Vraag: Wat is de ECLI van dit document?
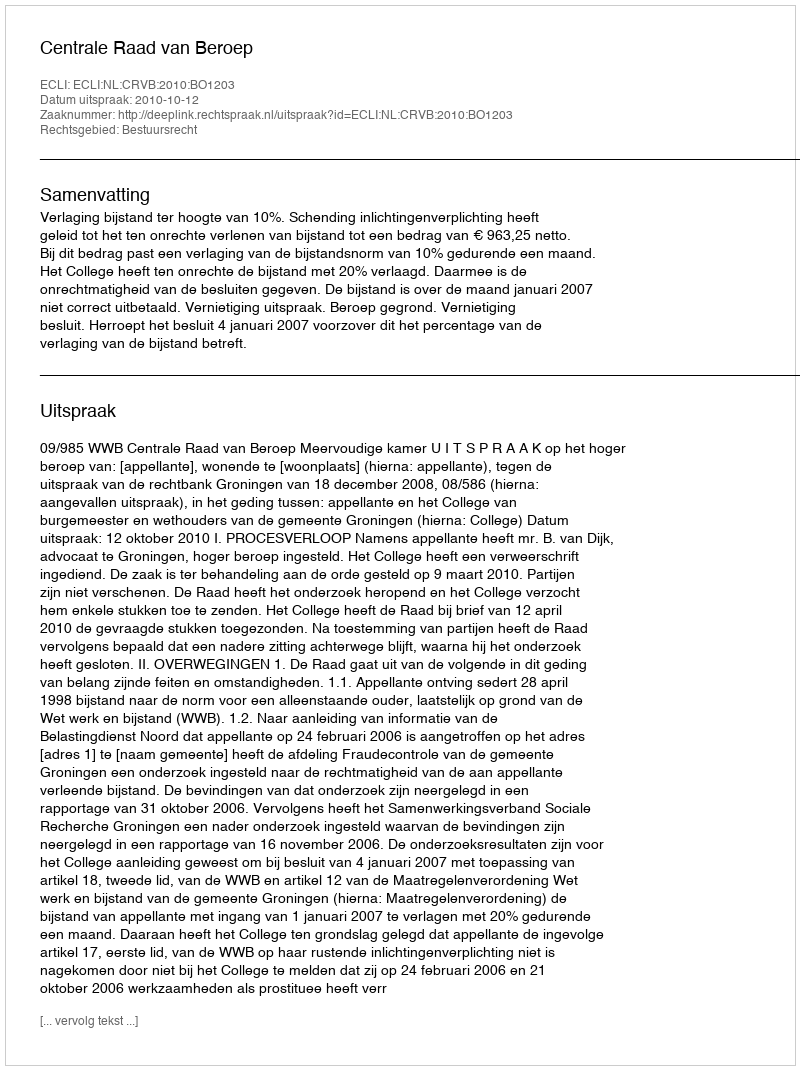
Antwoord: ECLI:NL:CRVB:2010:BO1203